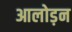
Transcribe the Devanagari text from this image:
आलोड़न